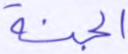
الجنة